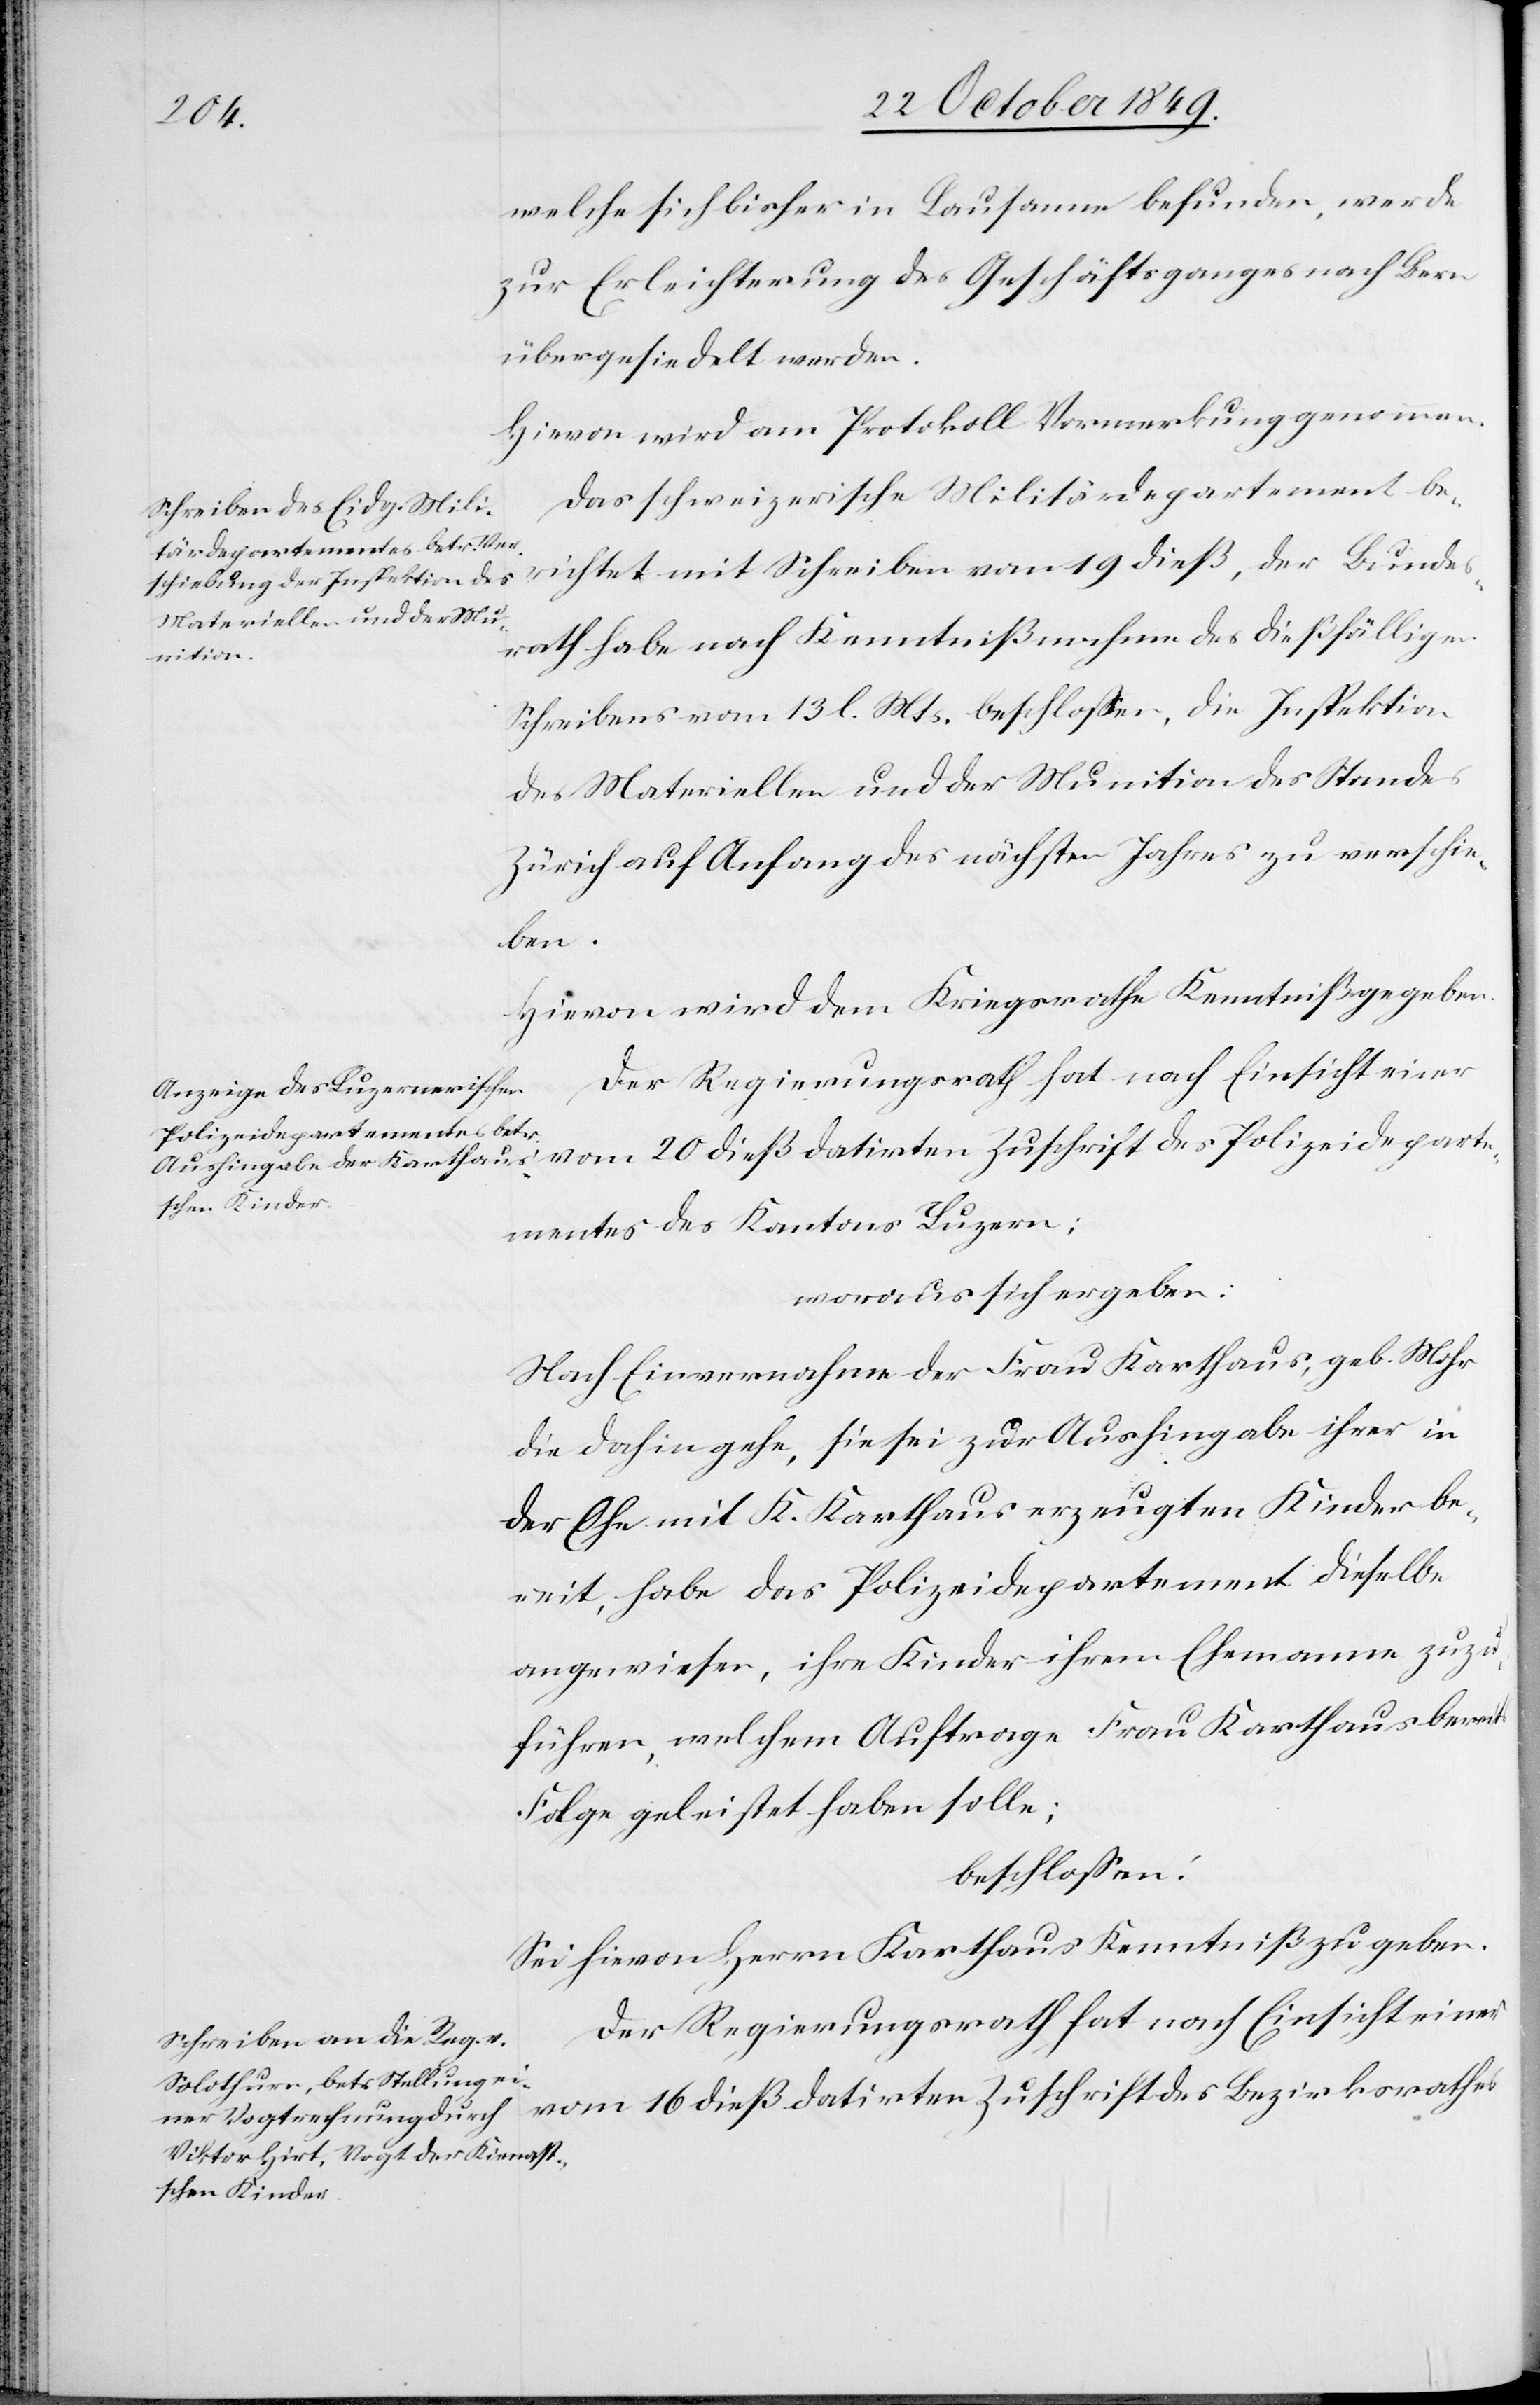
welche sich bisher in Lausanne befunden, werde
zur Erleichterung des Geschäftsganges nach Bern
übergesiedelt werden.
Hievon wird am Protokoll Vormerkung genommen.
Das schweizerische Militärdepartement be¬
richtet mit Schreiben vom 19 dieß, der Bundes¬
rath habe nach Kenntnißnahme des dießfälligen
Schreibens vom 13 l. Mts. beschloßen, die Inspektion
des Materiellen und der Munition des Standes
Zürich auf Anfang des nächsten Jahres zu verschie¬
ben.
Hievon wird dem Kriegsrathe Kenntniß gegeben.
Der Regierungsrath hat nach Einsicht einer
vom 16 dieß datirten Zuschrift des Bezirksrathes
mentes des Kantons Luzern:
woraus sich ergeben:
Nach Einvernahme der Frau Karthaus, geb. Mohr
die dahin gehe, sie sei zur Aushingabe ihrer in
der Ehe mit K. Karthaus erzeugten Kinder be¬
reit, habe das Polizeidepartement dieselbe
angewiesen, ihre Kinder ihrem Ehemann zuzu¬
führen, welchem Auftrage Frau Karthaus bereits
Folge geleistet haben solle;
beschloßen:
Sei hievon Herrn Karthaus Kenntniß zu geben.
Der Regierungsrath hat nach Einsicht einer